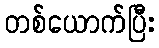
တစ်ယောက်ပြီး